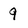
Character: 9